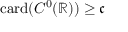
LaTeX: \mathrm { c a r d } ( C ^ { 0 } ( \mathbb { R } ) ) \geq { \mathfrak { c } }